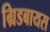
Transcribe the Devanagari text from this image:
ग्रिडबायस